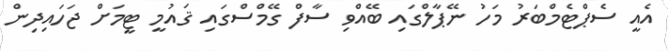
އެއީ ސެޕްޓެމްބަރު މަހު ނޭޕާލްގައި ބޭއްވި ސާފް ގޭމްސްގައި ޤައުމީ ޓީމަށް ޖަހައިދިން